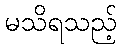
မသိရသည့်